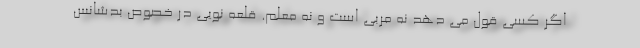
اگر کسی قول می دهد نه مربی است و نه معلم. قلعه نویی در خصوص بدشانس